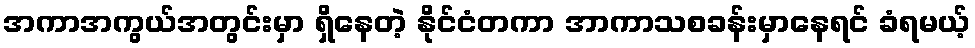
အကာအကွယ်အတွင်းမှာ ရှိနေတဲ့ နိုင်ငံတကာ အာကာသစခန်းမှာနေရင် ခံရမယ့်